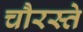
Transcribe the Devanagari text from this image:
चौरस्ते